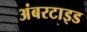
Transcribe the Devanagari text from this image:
अंबरटाइड